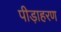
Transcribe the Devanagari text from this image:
पीड़ाहरण